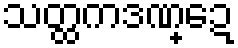
သတ္ထကဒဏ္ဍေ